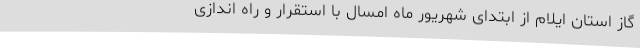
گاز استان ایلام از ابتدای شهریور ماه امسال با استقرار و راه اندازی